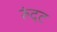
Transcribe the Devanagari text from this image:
रुंदट